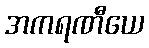
အကရဏီယေ